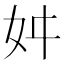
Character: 𭑮